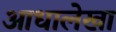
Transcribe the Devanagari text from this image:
आधालेखा